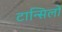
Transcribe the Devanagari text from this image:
टान्सिलों